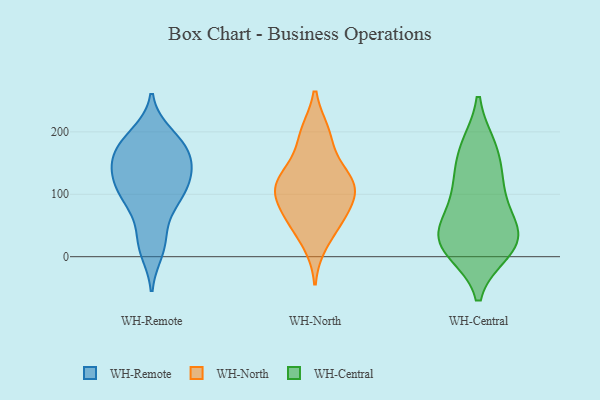
{"axis": {"x": "Market Share (%)", "y": "Value"}, "legend": ["WH-Central", "WH-North", "WH-Remote"], "data": [{"x": "", "y": 145, "type": "WH-Remote"}, {"x": "", "y": 142, "type": "WH-Remote"}, {"x": "", "y": 97, "type": "WH-Remote"}, {"x": "", "y": 183, "type": "WH-Remote"}, {"x": "", "y": 195, "type": "WH-Remote"}, {"x": "", "y": 25, "type": "WH-Remote"}, {"x": "", "y": 123, "type": "WH-Remote"}, {"x": "", "y": 11, "type": "WH-Remote"}, {"x": "", "y": 88, "type": "WH-Remote"}, {"x": "", "y": 121, "type": "WH-Remote"}, {"x": "", "y": 119, "type": "WH-Remote"}, {"x": "", "y": 96, "type": "WH-Remote"}, {"x": "", "y": 174, "type": "WH-Remote"}, {"x": "", "y": 184, "type": "WH-Remote"}, {"x": "", "y": 176, "type": "WH-Remote"}, {"x": "", "y": 152, "type": "WH-Remote"}, {"x": "", "y": 84, "type": "WH-Remote"}, {"x": "", "y": 24, "type": "WH-Remote"}, {"x": "", "y": 154, "type": "WH-Remote"}, {"x": "", "y": 21, "type": "WH-North"}, {"x": "", "y": 64, "type": "WH-North"}, {"x": "", "y": 158, "type": "WH-North"}, {"x": "", "y": 199, "type": "WH-North"}, {"x": "", "y": 110, "type": "WH-North"}, {"x": "", "y": 125, "type": "WH-North"}, {"x": "", "y": 93, "type": "WH-North"}, {"x": "", "y": 119, "type": "WH-North"}, {"x": "", "y": 62, "type": "WH-North"}, {"x": "", "y": 114, "type": "WH-North"}, {"x": "", "y": 59, "type": "WH-North"}, {"x": "", "y": 199, "type": "WH-North"}, {"x": "", "y": 113, "type": "WH-North"}, {"x": "", "y": 108, "type": "WH-Central"}, {"x": "", "y": 104, "type": "WH-Central"}, {"x": "", "y": 176, "type": "WH-Central"}, {"x": "", "y": 50, "type": "WH-Central"}, {"x": "", "y": 17, "type": "WH-Central"}, {"x": "", "y": 176, "type": "WH-Central"}, {"x": "", "y": 23, "type": "WH-Central"}, {"x": "", "y": 31, "type": "WH-Central"}, {"x": "", "y": 10, "type": "WH-Central"}, {"x": "", "y": 59, "type": "WH-Central"}, {"x": "", "y": 139, "type": "WH-Central"}, {"x": "", "y": 21, "type": "WH-Central"}]}